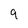
Character: 9